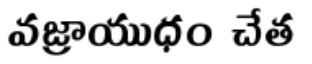
వజ్రాయుధం చేత